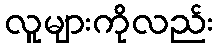
လူများကိုလည်း